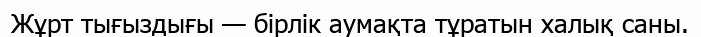
Жұрт тығыздығы — бірлік аумақта тұратын халық саны.